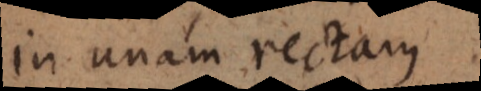
in unam rectam.